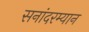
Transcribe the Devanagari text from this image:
सनांदरम्यान